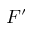
F ^ { \prime }